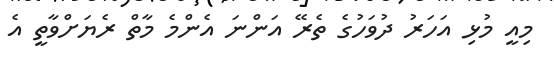
މިއީ މުޅި އަހަރު ދުވަހުގެ ތެރޭ އަންނަ އެންމެ މާތް ރެޔަށްވާތީ އެ